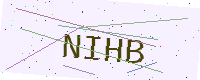
Text: NIHB